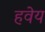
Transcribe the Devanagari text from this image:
हवेय